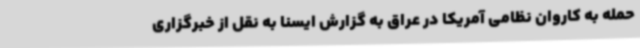
حمله به کاروان نظامی آمریکا در عراق به گزارش ایسنا به نقل از خبرگزاری